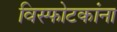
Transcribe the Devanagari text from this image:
विस्फोटकांना